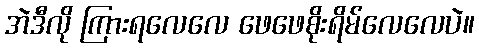
အဲဒီလို ကြားရလေလေ ဖေဖေစိုးရိမ်လေလေပဲ။